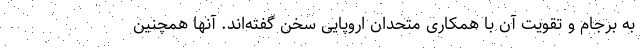
به برجام و تقویت آن با همکاری متحدان اروپایی سخن گفته‌اند. آنها همچنین